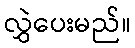
လွှဲပေးမည်။